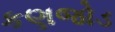
કણજોડ